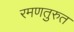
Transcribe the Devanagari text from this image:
रमणतुरुत